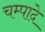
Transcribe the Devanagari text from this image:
चम्पादे